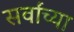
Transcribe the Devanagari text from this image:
सर्वांच्‍या